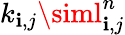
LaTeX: k_{\mathbf{i},j}\siml_{\mathbf{i},j}^{n}